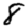
Digit: 8